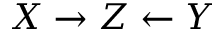
X \rightarrow Z \leftarrow Y